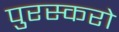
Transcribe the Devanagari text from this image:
पुरस्करो